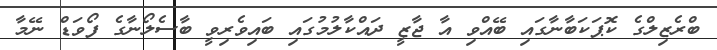
ބްރެޒިލްގެ ކޮޕަކަބާނާގައި ބޭއްވި އާ ޖާޒީ ދައްކާލުމުގައި ބައިވެރިވީ ބާސެލޯނާގެ ފޯވަޑް ނޭމާ